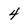
Character: 4